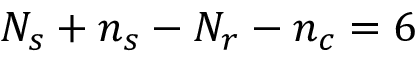
N _ { s } + n _ { s } - N _ { r } - n _ { c } = 6